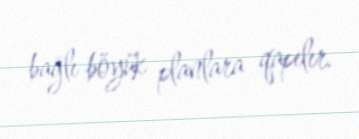
bağlı böyük planlara qapılır.